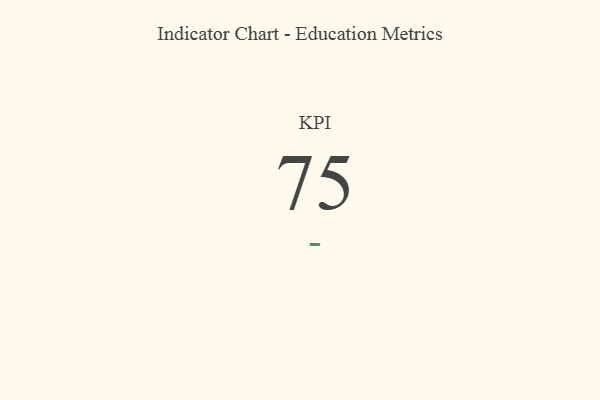
{"axis": {"x": "KPI", "y": "Value"}, "legend": [""], "data": [{"x": "KPI", "y": 75, "type": ""}]}